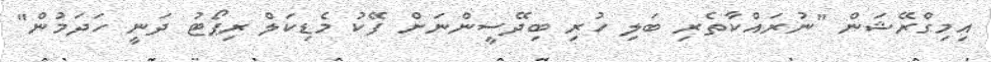
އިމިގްރޭޝަން "ނުރައްކާތެރި ބަލި ހުރި ބިދޭސީންނަށް ފޭކު މެޑިކަލް ރިޕޯޓު ދަނީ ހަދަމުން"